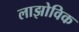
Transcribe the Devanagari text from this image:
लाझोविक